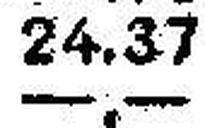
—.—